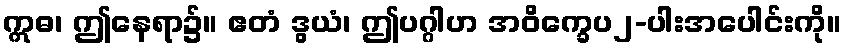
ဣဓ၊ ဤနေရာ၌။ ဧတံ ဒွယံ၊ ဤပဂ္ဂါဟ အဝိက္ခေပ၂-ပါးအပေါင်းကို။